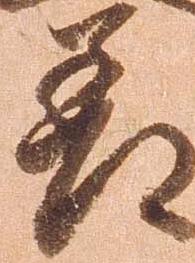
差